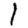
Digit: 1